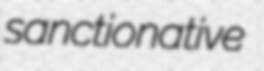
sanctionative